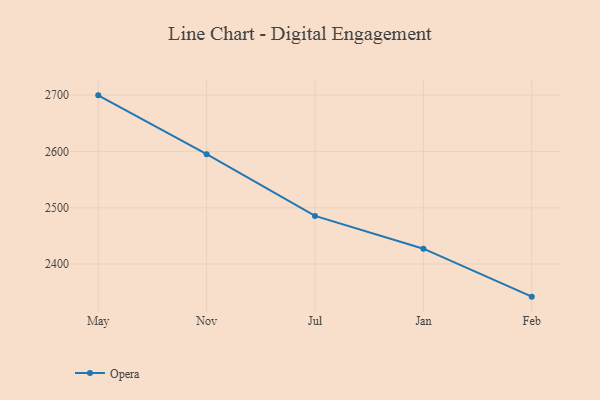
{"axis": {"x": "Month", "y": "Humidity (%)"}, "legend": ["Opera"], "data": [{"x": "May", "y": 2699.6, "type": "Opera"}, {"x": "Nov", "y": 2595.2, "type": "Opera"}, {"x": "Jul", "y": 2485.5, "type": "Opera"}, {"x": "Jan", "y": 2427.3, "type": "Opera"}, {"x": "Feb", "y": 2342.1, "type": "Opera"}]}